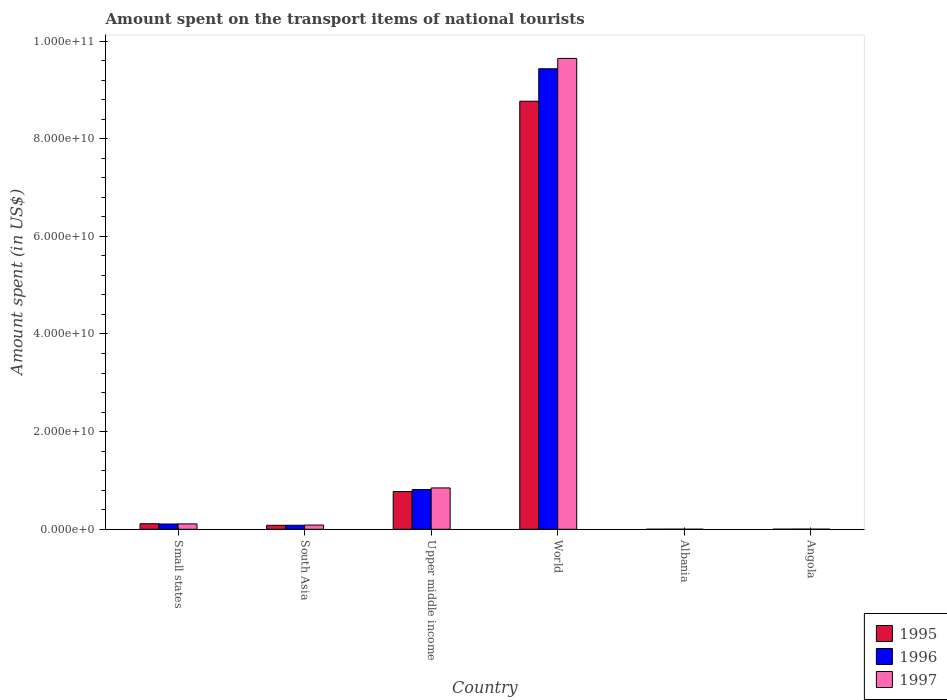
| Country | 1995 | 1996 | 1997 |
 | --- | --- | --- | --- |
 | Small states | 1.14e+09 | 1.08e+09 | 1.1e+09 |
 | South Asia | 8.12e+08 | 8.23e+08 | 8.66e+08 |
 | Upper middle income | 7.73e+09 | 8.13e+09 | 8.47e+09 |
 | World | 8.77e+10 | 9.43e+10 | 9.64e+10 |
 | Albania | 5.4e+06 | 1.68e+07 | 6.6e+06 |
 | Angola | 1.7e+07 | 2.9e+07 | 1.5e+07 |